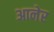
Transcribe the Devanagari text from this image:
आनेर